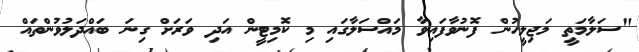
"ސަލާމަތީ މަޖިލީހުން ފޮނުވާފައިވާ މައްސަލާގައި މި ކޮމިޓީން އަދި ވަރަށް ގިނަ ބައްދަލުވުންތައް